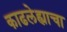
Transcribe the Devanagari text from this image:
काढलेह्याचा